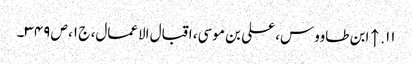
۱۱. ↑ ابن طاووس، علی بن موسی، اقبال الاعمال، ج ۱، ص ۳۴۹۔